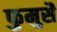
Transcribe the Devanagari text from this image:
फुमुसै